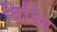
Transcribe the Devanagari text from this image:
बिडिंग